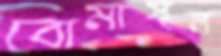
বোমাস্থল